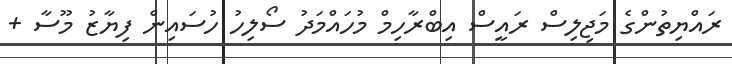
ރައްޔިތުންގެ މަޖިލިސް ރައީސް އިބްރާހިމް މުހައްމަދު ސޯލިހު ހުސައިން ފިޔާޒު މޫސާ +